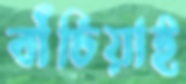
বাঁচিয়াই